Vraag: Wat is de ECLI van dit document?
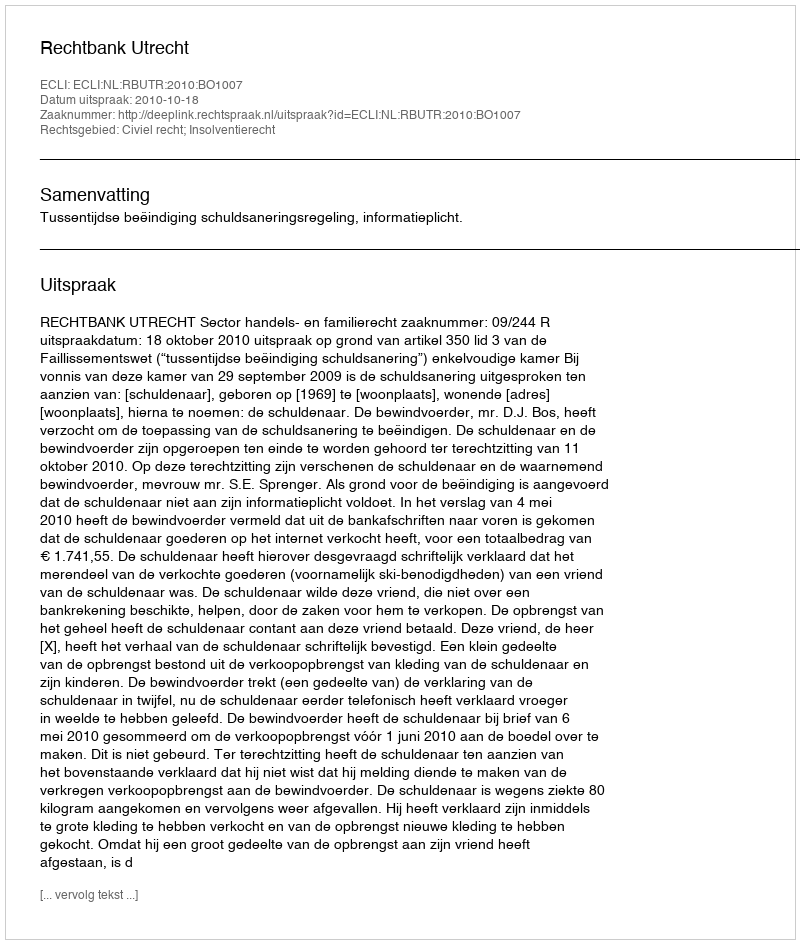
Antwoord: ECLI:NL:RBUTR:2010:BO1007